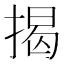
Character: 揭